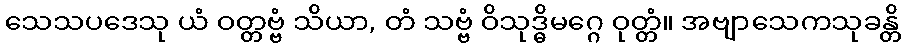
သေသပဒေသု ယံ ဝတ္တဗ္ဗံ သိယာ, တံ သဗ္ဗံ ဝိသုဒ္ဓိမဂ္ဂေ ဝုတ္တံ။ အဗျာသေကသုခန္တိ